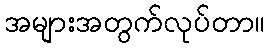
အများအတွက်လုပ်တာ။